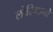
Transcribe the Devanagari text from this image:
लोरिगानो